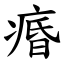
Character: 痻